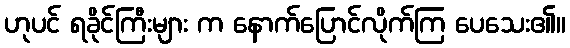
ဟုပင် ရခိုင်ကြီးများ က နောက်ပြောင်လိုက်ကြ ပေသေး၏။